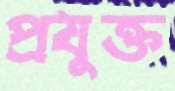
প্রযুক্ত